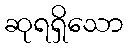
ဆုရရှိသော